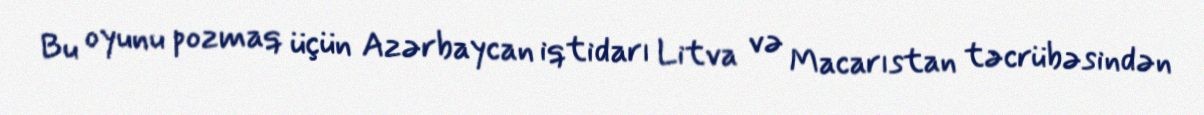
Bu oyunu pozmaq üçün Azərbaycan iqtidarı Litva və Macarıstan təcrübəsindən